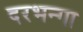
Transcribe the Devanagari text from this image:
दरभन्गा